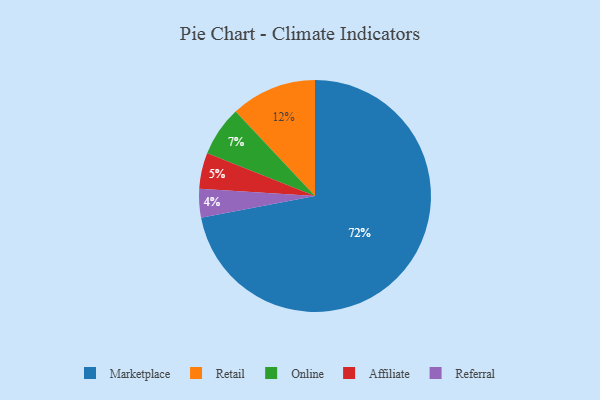
{"axis": {"x": "Category", "y": "Percentage"}, "legend": ["Affiliate", "Marketplace", "Online", "Referral", "Retail"], "data": [{"x": "Retail", "y": 12, "type": "Retail"}, {"x": "Affiliate", "y": 5, "type": "Affiliate"}, {"x": "Online", "y": 7, "type": "Online"}, {"x": "Marketplace", "y": 72, "type": "Marketplace"}, {"x": "Referral", "y": 4, "type": "Referral"}]}